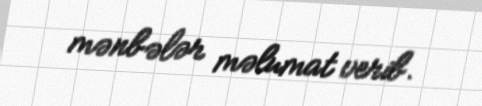
mənbələr məlumat verib.